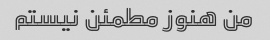
من هنوز مطمئن نیستم